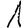
Digit: 1